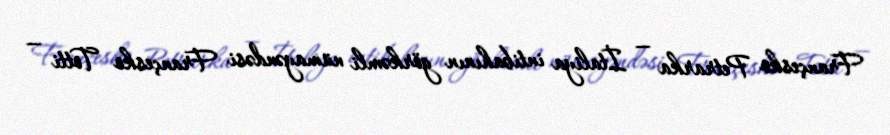
Françesko Petrarka — İtaliya intibahının görkəmli nümayəndəsi Françesko Totti —